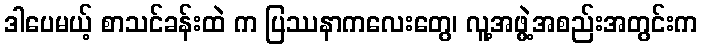
ဒါပေမယ့် စာသင်ခန်းထဲ က ပြဿနာကလေးတွေ၊ လူ့အဖွဲ့အစည်းအတွင်းက